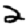
Digit: 2